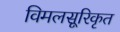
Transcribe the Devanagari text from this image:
विमलसूरिकृत